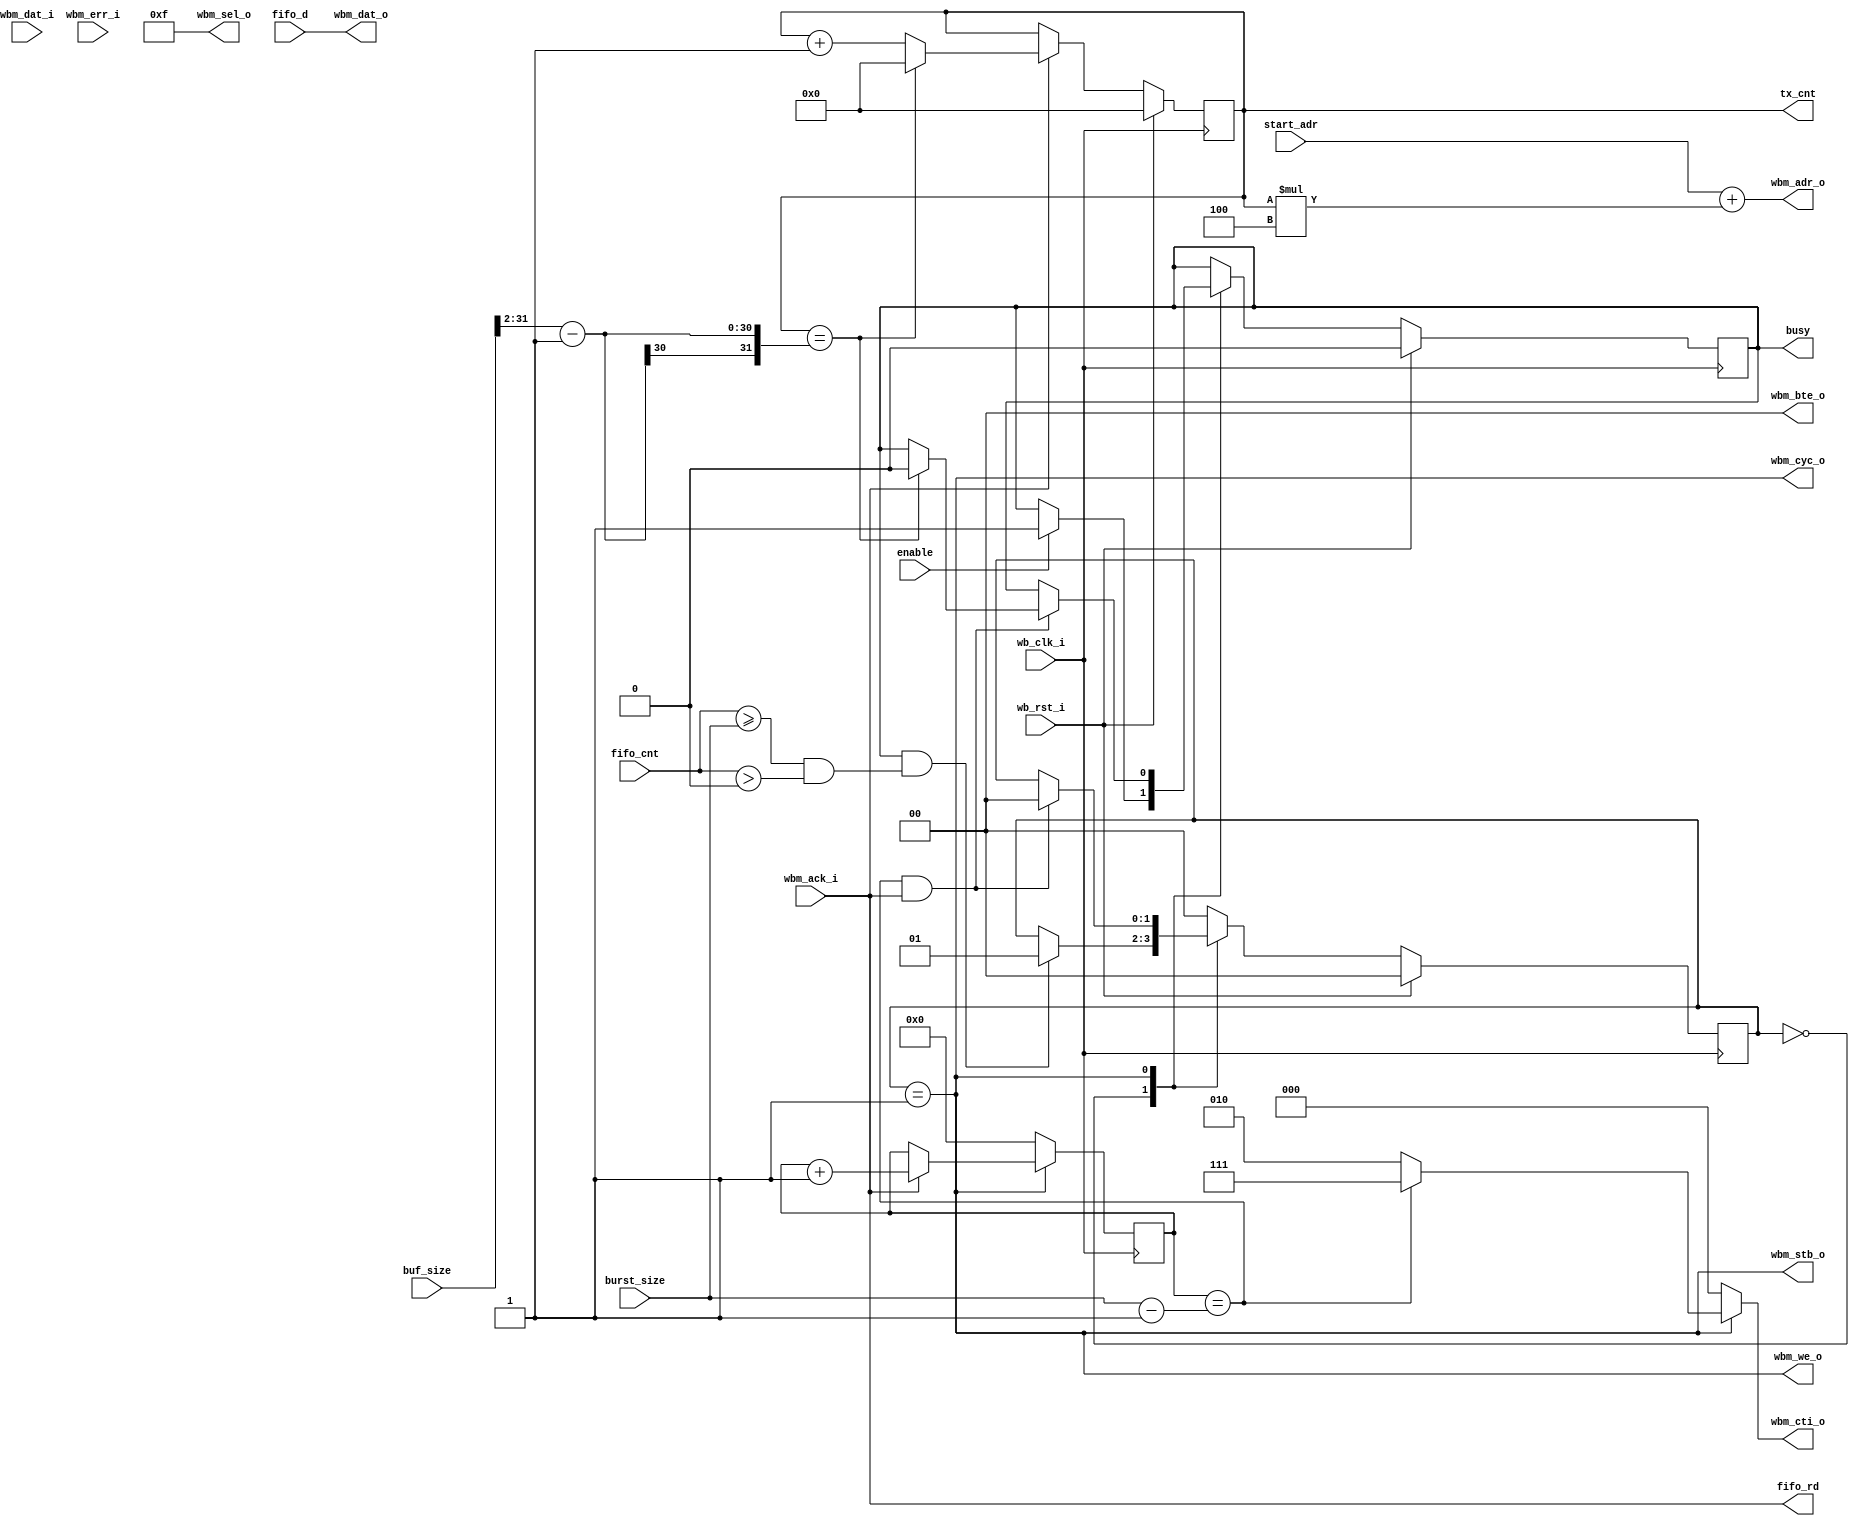
module wb_stream_reader_ctrl
  #(parameter WB_AW = 32,
    parameter WB_DW = 32,
    parameter FIFO_AW = 0,
    parameter MAX_BURST_LEN = 0)
  (
   input 		  wb_clk_i,
   input 		  wb_rst_i,
   output [WB_AW-1:0] 	  wbm_adr_o,
   output [WB_DW-1:0] 	  wbm_dat_o,
   output [WB_DW/8-1:0]   wbm_sel_o,
   output 		  wbm_we_o ,
   output 		  wbm_cyc_o,
   output 		  wbm_stb_o,
   output reg [2:0] 	  wbm_cti_o,
   output [1:0] 	  wbm_bte_o,
   input [WB_DW-1:0] 	  wbm_dat_i,
   input 		  wbm_ack_i,
   input 		  wbm_err_i,
   input [WB_DW-1:0] 	  fifo_d,
   output 		  fifo_rd,
   input [FIFO_AW:0] 	  fifo_cnt,
   output reg 		  busy,
   input 		  enable,
   output reg [WB_DW-1:0] tx_cnt,
   input [WB_AW-1:0] 	  start_adr,
   input [WB_AW-1:0] 	  buf_size,
   input [WB_AW-1:0] 	  burst_size);
   wire			    active;
   wire 		    timeout = 1'b0;
   reg 			    last_adr;
   reg [$clog2(MAX_BURST_LEN-1):0] burst_cnt;
   localparam S_IDLE   = 0;
   localparam S_ACTIVE = 1;
   reg [1:0] 			      state;
   wire 			      burst_end = (burst_cnt == burst_size-1);
   wire fifo_ready = (fifo_cnt >= burst_size) & (fifo_cnt > 0);
   always @(active or burst_end) begin
      wbm_cti_o = !active     ? 3'b000 :
		  burst_end   ? 3'b111 :
		  3'b010; 
   end
   assign active = (state == S_ACTIVE);
   assign fifo_rd = wbm_ack_i;
   assign wbm_sel_o = 4'hf;
   assign wbm_we_o = active;
   assign wbm_cyc_o = active;
   assign wbm_stb_o = active;
   assign wbm_bte_o = 2'b00;
   assign wbm_dat_o = fifo_d;
   assign wbm_adr_o = start_adr + tx_cnt*4;
   always @(posedge wb_clk_i) begin
      last_adr = (tx_cnt == buf_size[WB_AW-1:2]-1);
      if (wbm_ack_i)
	 if (last_adr)
	   tx_cnt <= 0;
	 else
	   tx_cnt <= tx_cnt+1;
      if(!active)
	burst_cnt <= 0;
      else
	if(wbm_ack_i)
	  burst_cnt <= burst_cnt + 1;
      case (state)
	S_IDLE : begin
	   if (busy & fifo_ready)
	     state <= S_ACTIVE;
	   if (enable)
	     busy <= 1'b1;
	end
	S_ACTIVE : begin
	   if (burst_end & wbm_ack_i) begin
	      state <= S_IDLE;
	      if (last_adr)
		busy <= 1'b0;
	   end
	end
	default : begin
	   state <= S_IDLE;
	end
      endcase 
      if(wb_rst_i) begin
	 state <= S_IDLE;
	 tx_cnt <= 0;
	 busy <= 1'b0;
      end
   end
endmodule